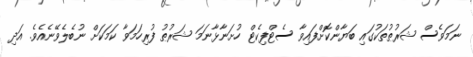
ނަމަވެސް ޝަރުޠުތަކުގައި ބަޔާންކޮށްފައިވާ ސެޓްފިކެޓް ހުށަނާޅާނަމަ ޝަރުޠު ފުރިހަމަވާ ކަމަކަށް ނުބެލެވޭނެއެވެ. އަދި